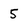
Character: 5